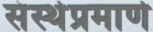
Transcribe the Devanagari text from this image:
संस्थेप्रमाणे